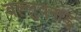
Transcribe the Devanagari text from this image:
वल्लुवनाडु